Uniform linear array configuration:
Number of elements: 16
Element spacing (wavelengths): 0.75
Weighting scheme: binomial
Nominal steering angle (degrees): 60
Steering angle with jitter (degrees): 60.222
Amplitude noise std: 0.05
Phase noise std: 0.05

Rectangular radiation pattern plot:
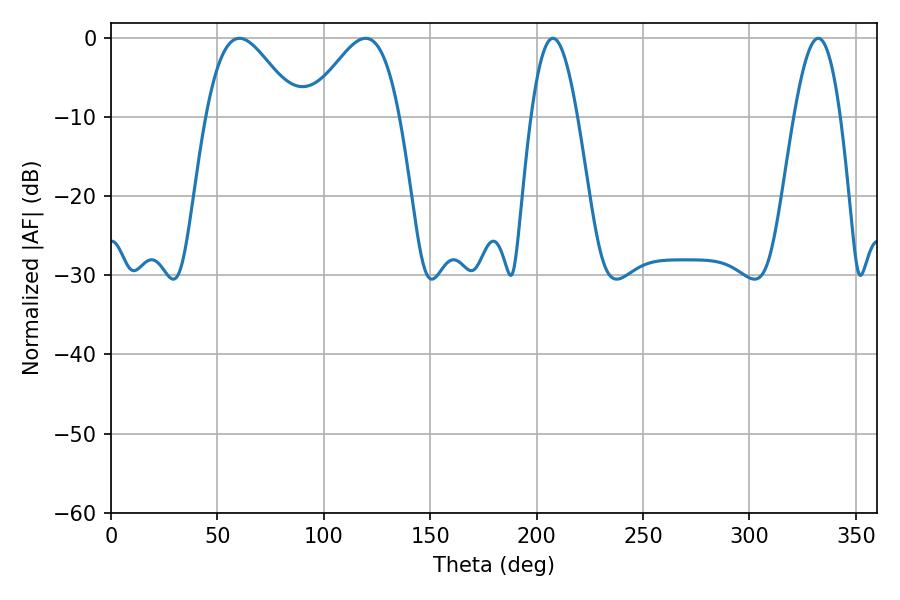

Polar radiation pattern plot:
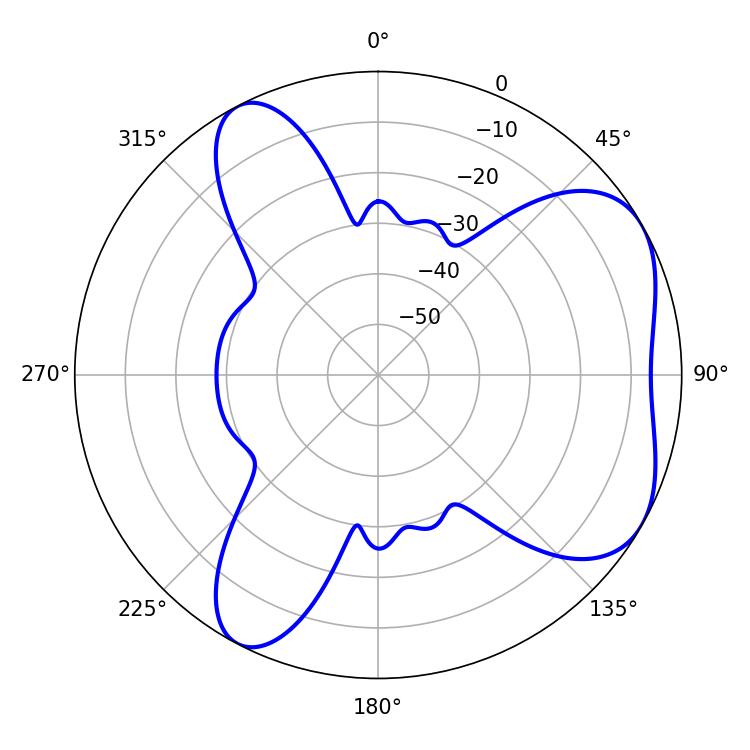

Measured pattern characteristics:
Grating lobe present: TRUE
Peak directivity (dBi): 5.347
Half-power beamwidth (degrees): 22.86
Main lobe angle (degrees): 60.3